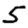
Digit: 5